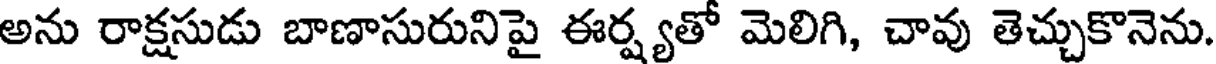
అను రాక్షసుడు బాణాసురునిపై ఈర్ష్యతో మెలిగి, చావు తెచ్చుకొనెను.